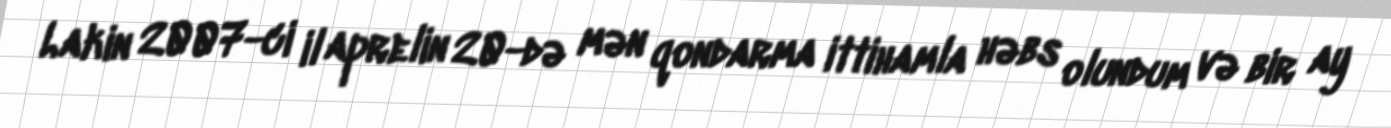
Lakin 2007-ci il aprelin 20-də mən qondarma ittihamla həbs olundum və bir ay